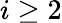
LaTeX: i\geq 2